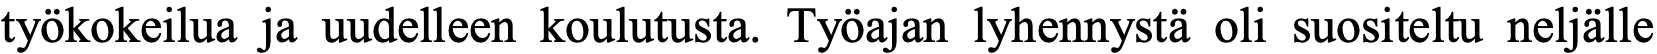
työkokeilua ja uudelleen koulutusta. Työajan lyhennystä oli suositeltu neljälle